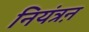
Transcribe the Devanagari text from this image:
नियंत्रऩ